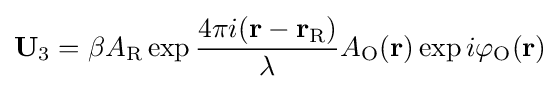
\mathbf {U} _{3}=\beta A_{\text{R}}\exp {\frac {4\pi i(\mathbf {r} -\mathbf {r} _{\text{R}})}{\lambda }}A_{\text{O}}(\mathbf {r} )\exp {i\varphi _{\text{O}}(\mathbf {r} )}